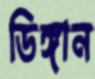
ডিঙ্গান